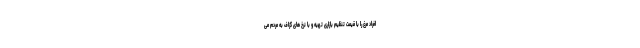
افراد مرغ را با قیمت تنظیم بازاری تهیه و با نرخ های گزاف به مردم می